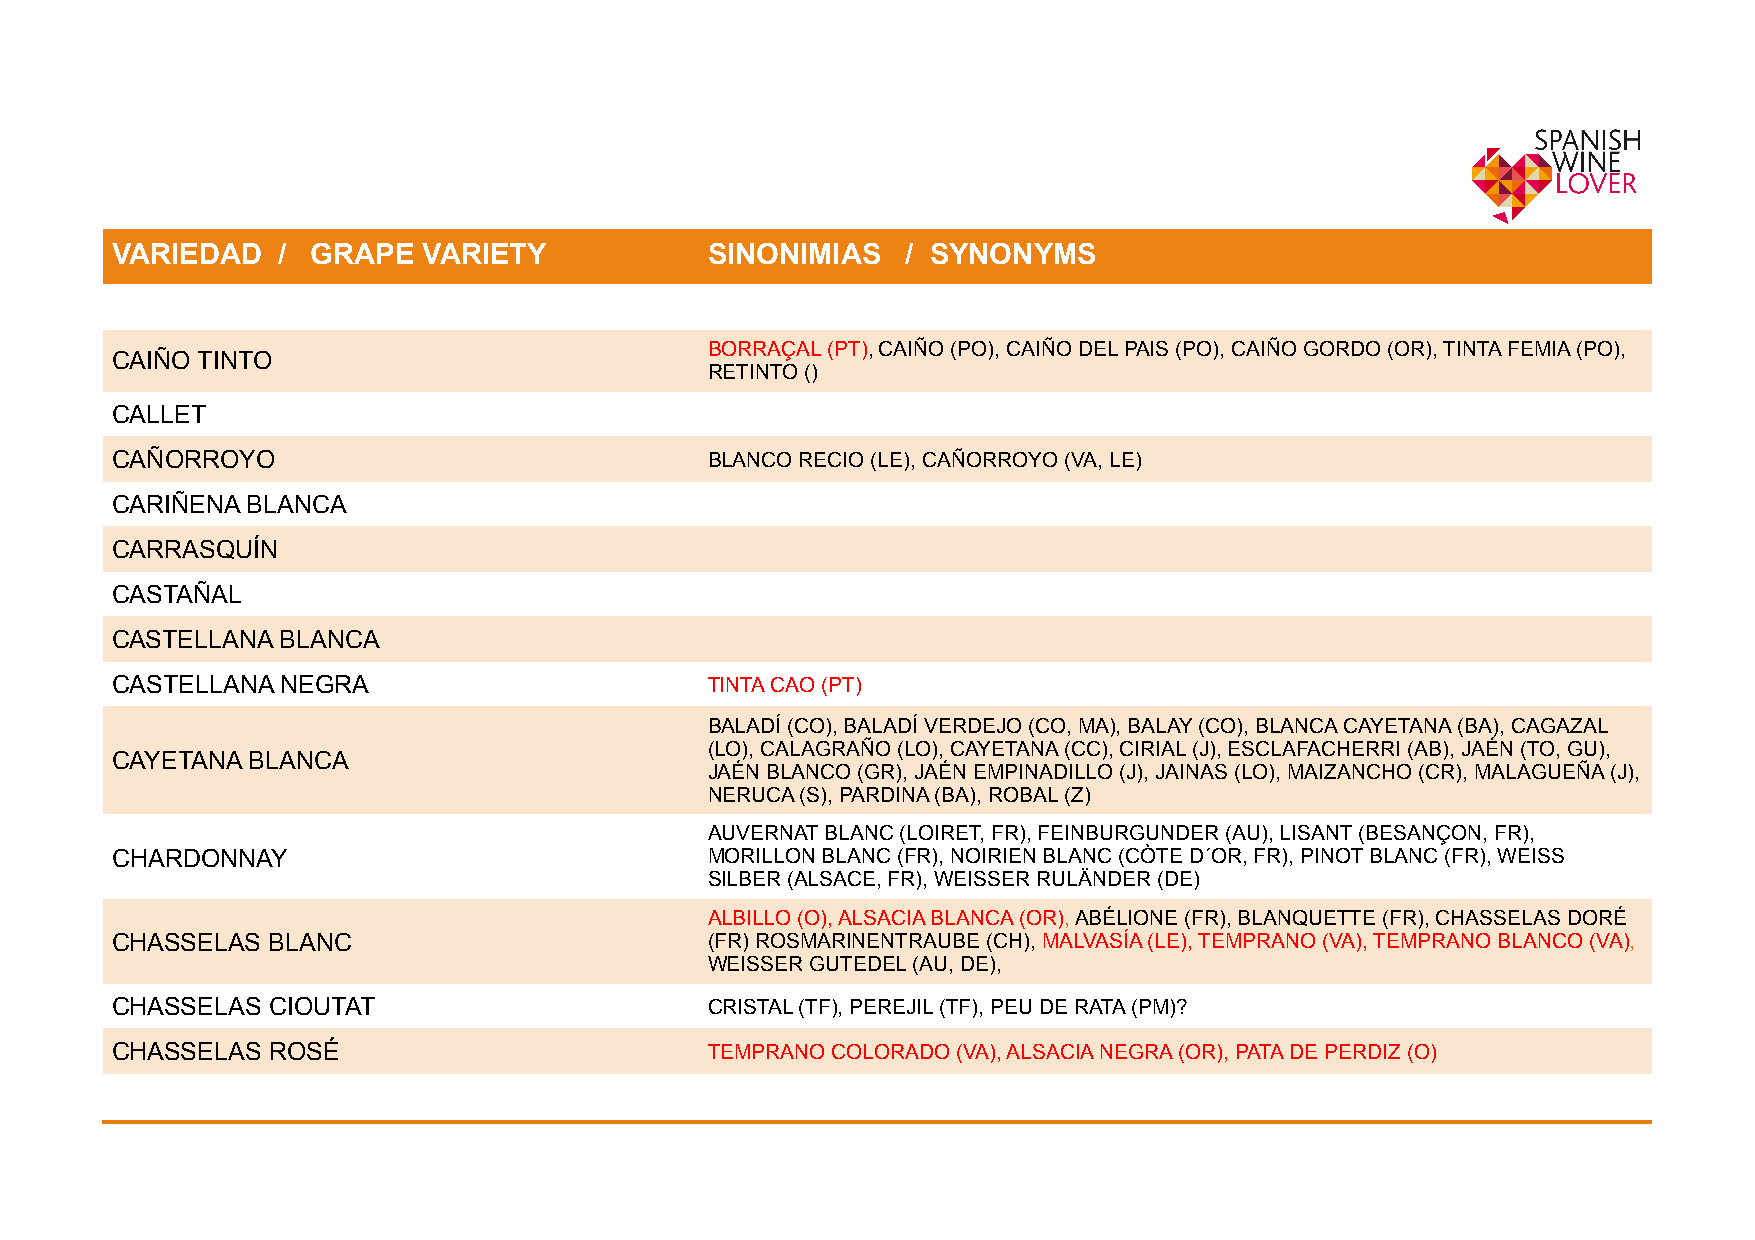
!                                                              ! !    !    !    !    !    !    !
 VARIEDAD   /  GRAPE  VARIETY            SINONIMIAS   / SYNONYMS
 BORRAÇAL (PT), CAIÑO (PO), CAIÑO DEL PAIS (PO), CAIÑO GORDO (OR), TINTA FEMIA (PO),
 CAIÑO TINTO
 RETINTO ()
 CALLET
 CAÑORROYO                               BLANCO RECIO (LE), CAÑORROYO (VA, LE)
 CARIÑENA BLANCA
 CARRASQUÍN
 CASTAÑAL
 CASTELLANA  BLANCA
 CASTELLANA  NEGRA                       TINTA CAO (PT)
 BALADÍ (CO), BALADÍ VERDEJO (CO, MA), BALAY (CO), BLANCA CAYETANA (BA), CAGAZAL
 (LO), CALAGRAÑO (LO), CAYETANA (CC), CIRIAL (J), ESCLAFACHERRI (AB), JAÉN (TO, GU),
 CAYETANA BLANCA
 JAÉN BLANCO (GR), JAÉN EMPINADILLO (J), JAINAS (LO), MAIZANCHO (CR), MALAGUEÑA (J),
 NERUCA (S), PARDINA (BA), ROBAL (Z)
 AUVERNAT BLANC (LOIRET, FR), FEINBURGUNDER (AU), LISANT (BESANÇON, FR),
 CHARDONNAY                              MORILLON BLANC (FR), NOIRIEN BLANC (CÒTE D´OR, FR), PINOT BLANC (FR), WEISS
 SILBER (ALSACE, FR), WEISSER RULÄNDER (DE)
 ALBILLO (O), ALSACIA BLANCA (OR), ABÉLIONE (FR), BLANQUETTE (FR), CHASSELAS DORÉ
 CHASSELAS  BLANC                        (FR) ROSMARINENTRAUBE (CH), MALVASÍA (LE), TEMPRANO (VA), TEMPRANO BLANCO (VA),
 WEISSER GUTEDEL (AU, DE),
 CHASSELAS  CIOUTAT                      CRISTAL (TF), PEREJIL (TF), PEU DE RATA (PM)?
 CHASSELAS  ROSÉ                         TEMPRANO COLORADO (VA), ALSACIA NEGRA (OR), PATA DE PERDIZ (O)